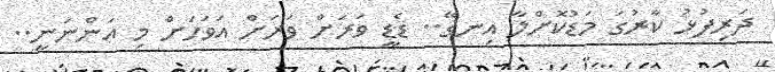
ދަރިފުޅު ކާރުގަ މަޑުކޮށްލާ އިނގޭ.. ޑެޑީ ވަރަށް ވަރަށް އަވަހަށް މި އަންނަނީ..